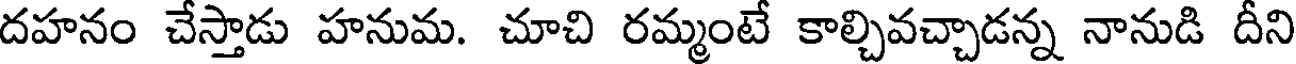
దహనం చేస్తాడు హనుమ. చూచి రమ్మంటే కాల్చివచ్చాడన్న నానుడి దీని